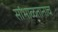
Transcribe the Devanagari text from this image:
सांभाळतानाच